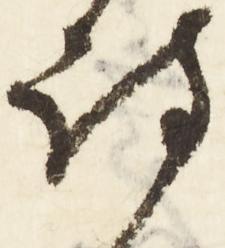
詩